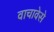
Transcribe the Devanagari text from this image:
वाचावेसे